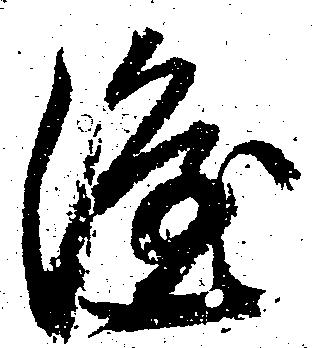
隆